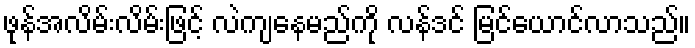
ဖုန်အလိမ်းလိမ်းဖြင့် လဲကျနေမည်ကို လန်ဒင် မြင်ယောင်လာသည်။